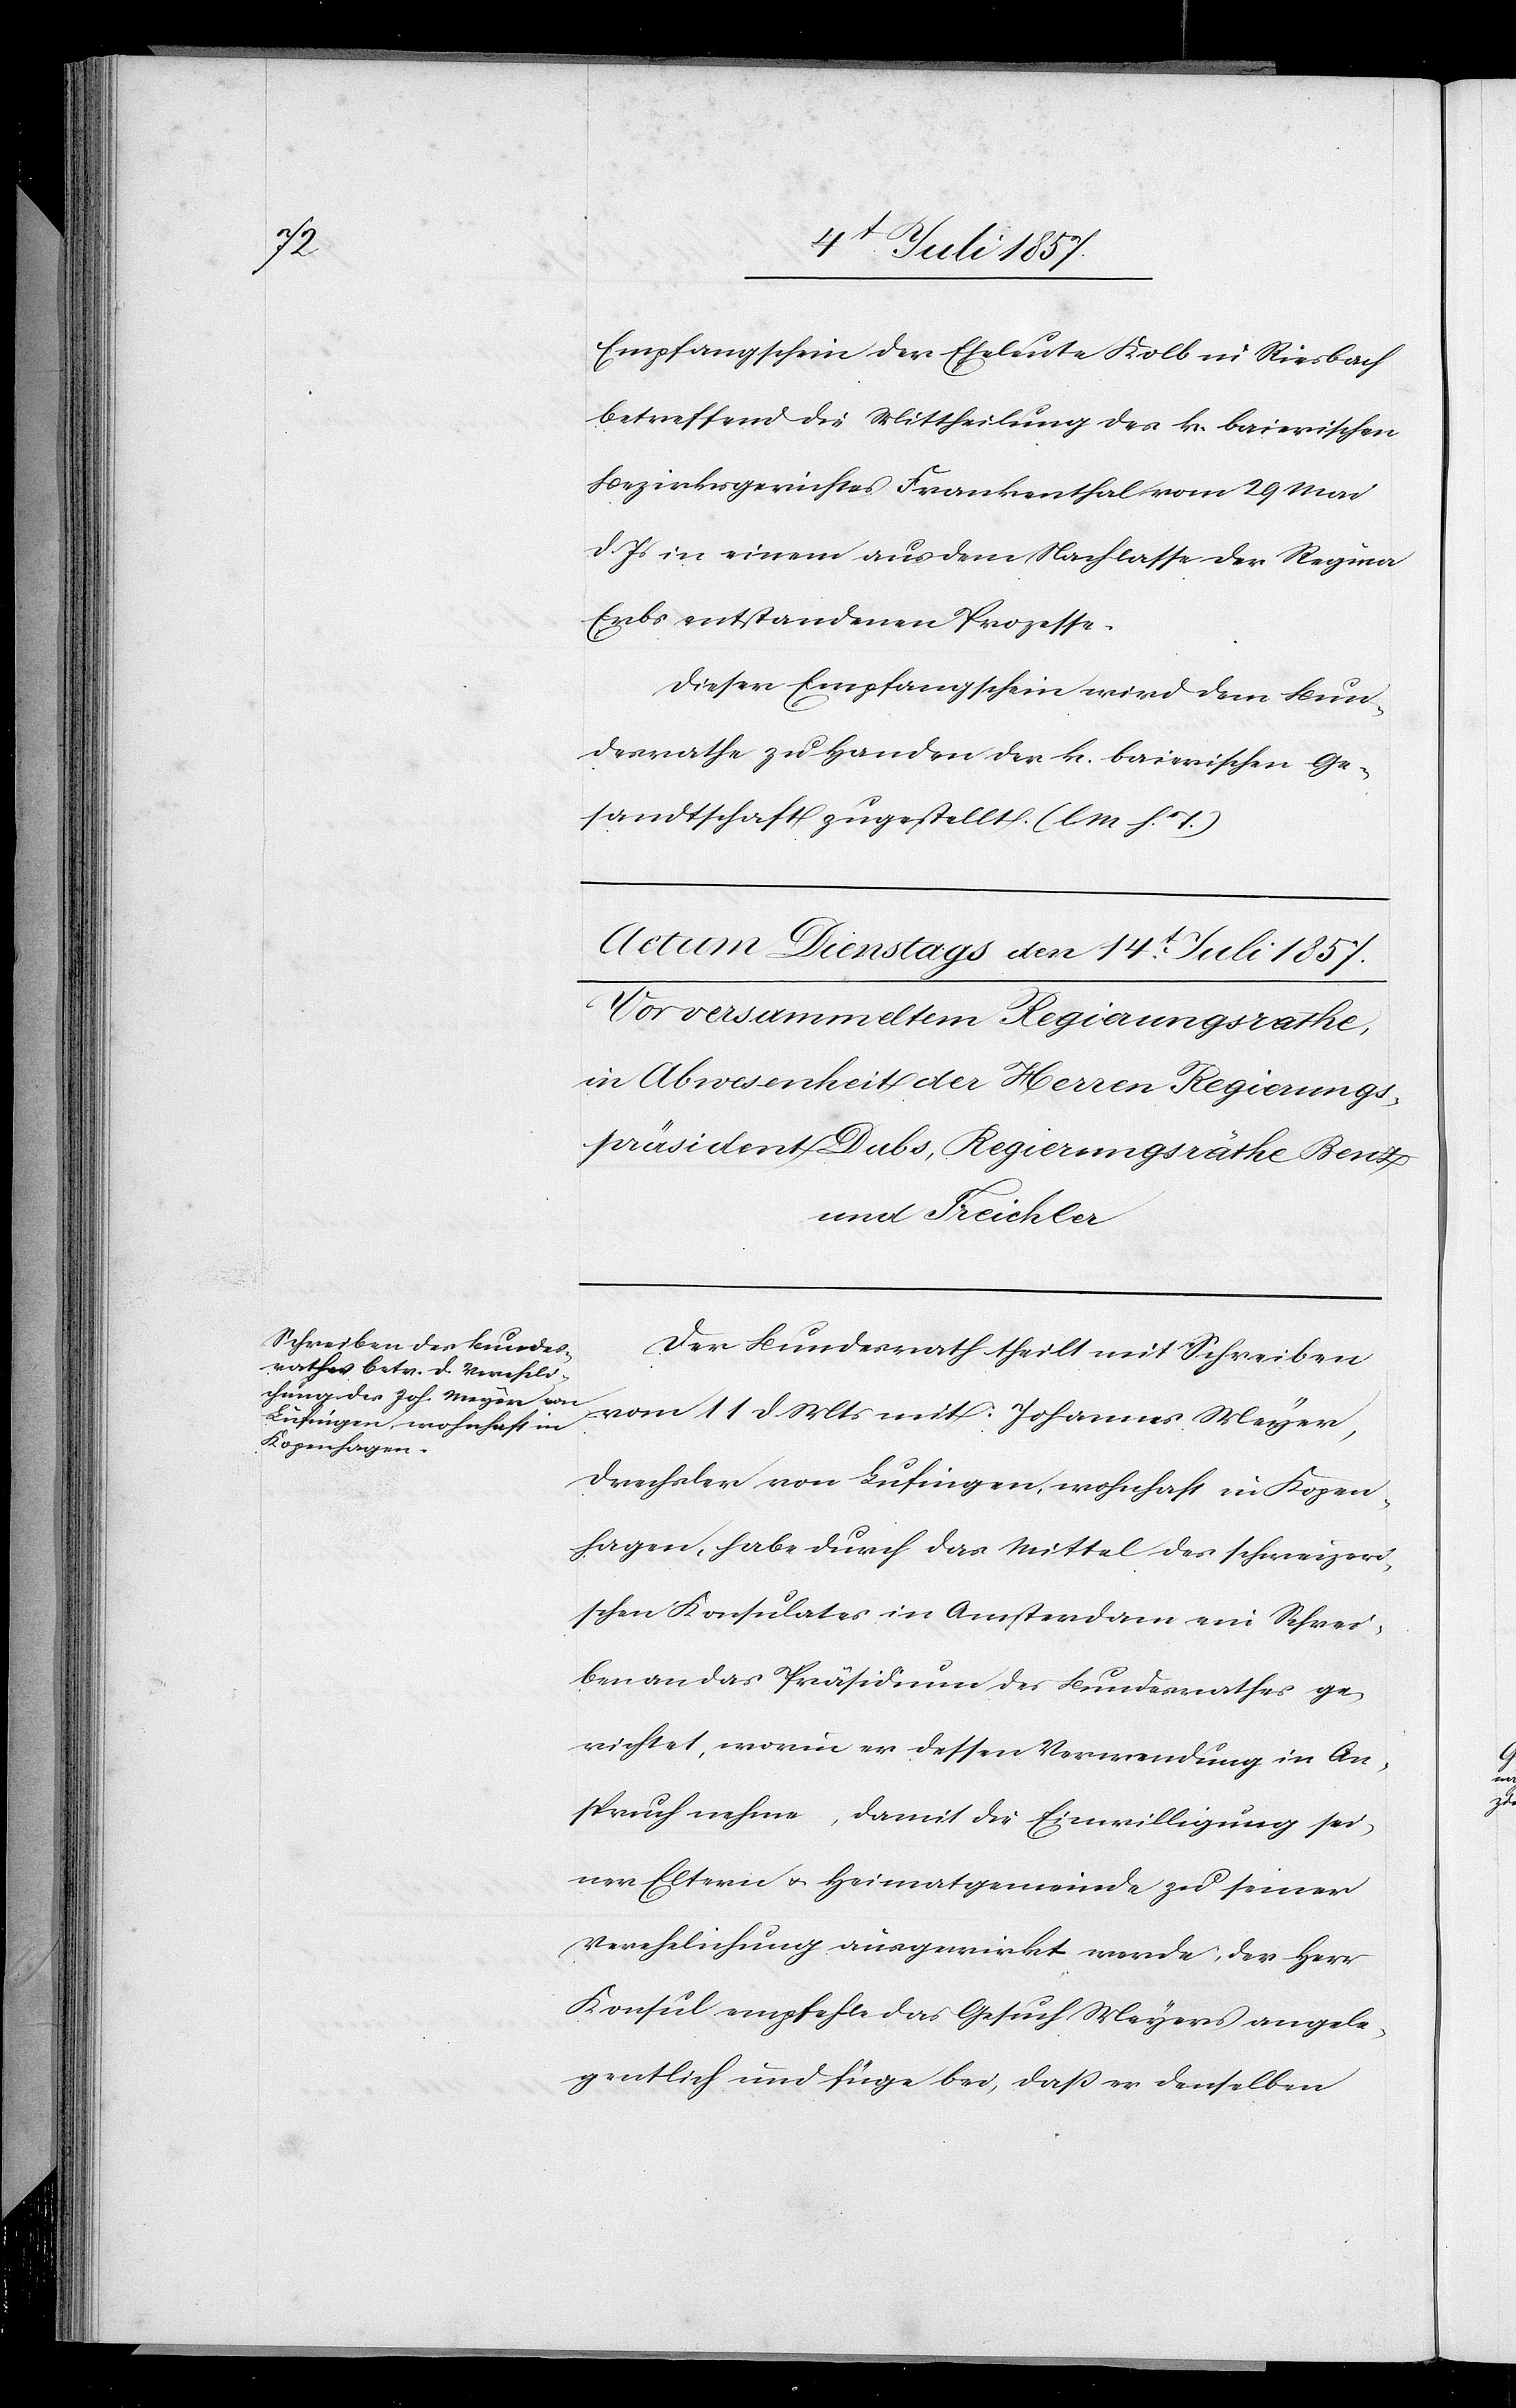
Empfangsschein der Eheleute Kolb in Riesbach
betreffend die Mittheilung des k. baierischen
Bezirksgerichtes Frankenthal vom 29 Mai
d. Js. in einem aus dem Nachlasse der Regina
Erbs entstandenen Prozesse.
Dieser Empfangsschein wird dem Bun¬
desrathe zu Handen der k. baierischen Ge¬
sandtschaft zugestellt. [l. M. h. T]
Der Bundesrath theilt mit Schreiben
vom 11 d. Mts. mit: Johannes Meyer,
Drechsler von Lufingen, wohnhaft in Kopen¬
hagen, habe durch das Mittel des schweizeri¬
schen Konsulates in Amsterdam ein Schrei¬
ben an das Präsidium des Bundesrathes ge¬
richtet, worin er dessen Verwendung in An¬
spruch nehme, damit die Einwilligung sei¬
ner Eltern & Heimatgemeinde zu seiner
Verehlichung ausgewirkt werde, der Herr
Konsul empfehle das Gesuch Meyers angele¬
gentlich und füge bei, daß er denselben